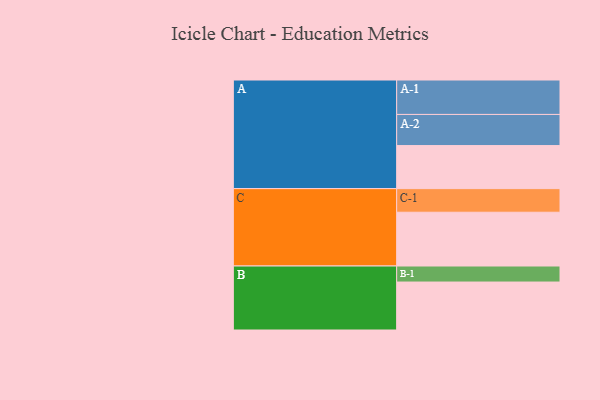
{"axis": {"x": "Segment", "y": "Value"}, "legend": ["", "A", "B", "C"], "data": [{"x": "A", "y": 325, "type": ""}, {"x": "B", "y": 362, "type": ""}, {"x": "C", "y": 406, "type": ""}, {"x": "A-1", "y": 260, "type": "A"}, {"x": "A-2", "y": 235, "type": "A"}, {"x": "B-1", "y": 121, "type": "B"}, {"x": "C-1", "y": 178, "type": "C"}]}